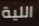
اللية